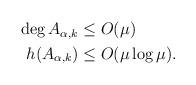
LaTeX: \begin{align*} \begin{aligned} \deg A_{\alpha,k} &\le O(\mu) \\ h(A_{\alpha,k}) &\le O(\mu \log\mu). \end{aligned} \end{align*}